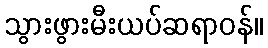
သွားဖွားမီးယပ်ဆရာဝန်။